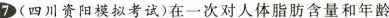
7(四川资阳模拟考试)在一次对人体脂肪含量和年龄